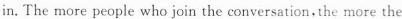
in. The more people who join the conversation,the